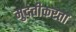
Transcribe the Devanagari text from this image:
मुदतीकरता